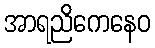
အာရညိကေနေဝ